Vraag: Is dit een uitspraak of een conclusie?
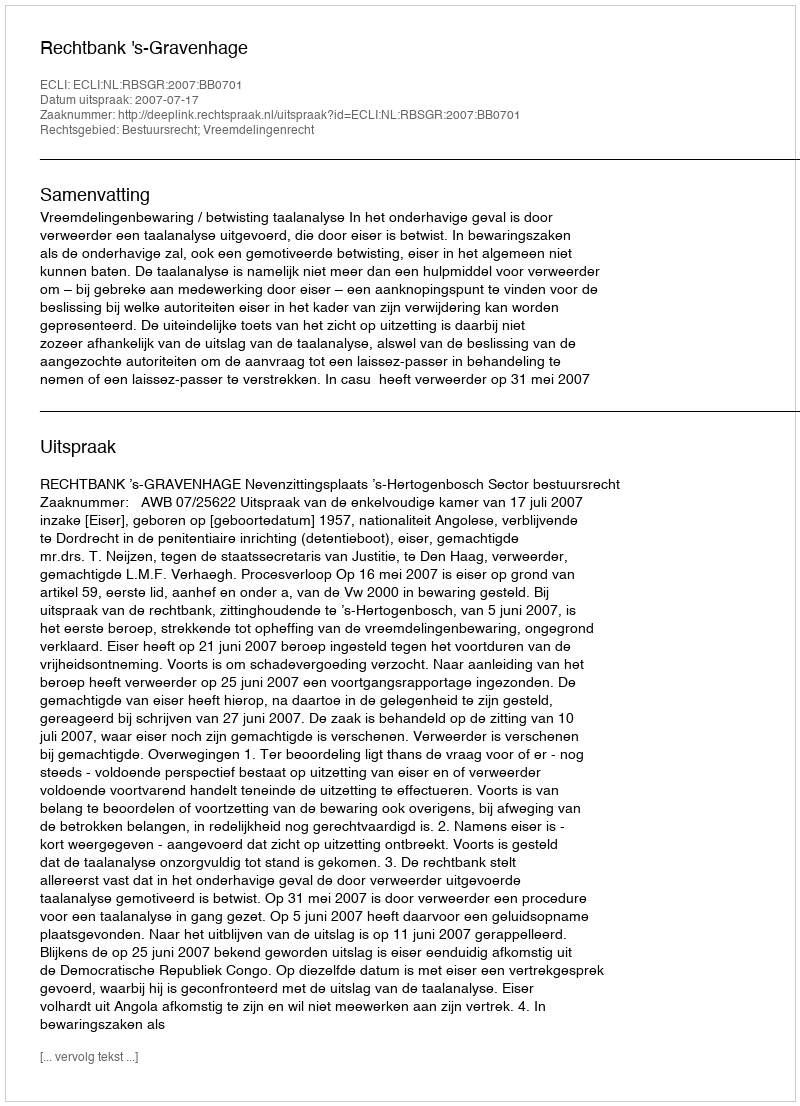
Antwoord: Uitspraak